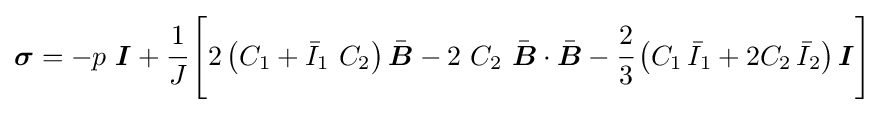
{\boldsymbol {\sigma }}=-p~{\boldsymbol {I}}+{\cfrac {1}{J}}\left[2\left(C_{1}+{\bar {I}}_{1}~C_{2}\right){\bar {\boldsymbol {B}}}-2~C_{2}~{\bar {\boldsymbol {B}}}\cdot {\bar {\boldsymbol {B}}}-{\cfrac {2}{3}}\left(C_{1}\,{\bar {I}}_{1}+2C_{2}\,{\bar {I}}_{2}\right){\boldsymbol {I}}\right]